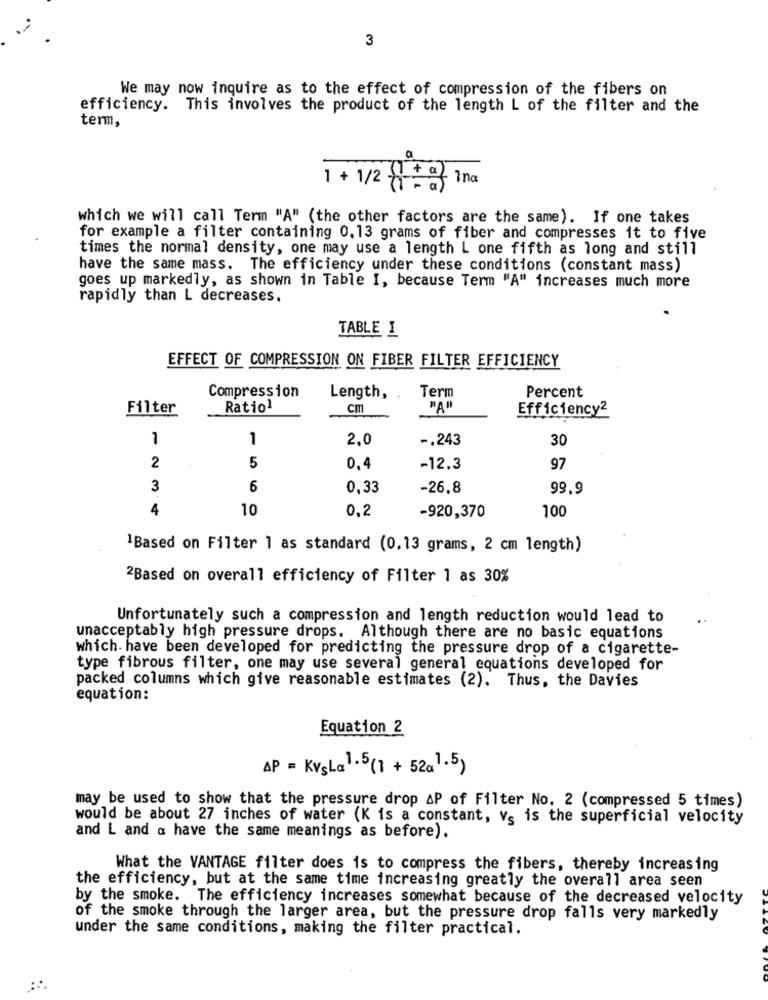
..
3
We may now inquire as to the effect of compression of the fibers on
efficiency. This involves the product of the length L of the filter and the
term,
a
1 + 1/2 8:
which we will call Term "A" (the other factors are the same). If one takes
for example a filter containing 0.13 grams of fiber and compresses it to five
times the normal density, one may use a length L one fifth as long and still
have the same mass. The efficiency under these conditions (constant mass)
goes up markedly, as shown in Table I, because Term "A" increases much more
rapidly than L decreases.
TABLE 1
EFFECT OF COMPRESSION ON FIBER FILTER EFFICIENCY
Compression
Percent
Length,
Term
Filter
Ratio1
cm
"A"
Efficiency2
1
1
2.0
-. 243
30
2
5
0,4
-12.3
97
3
6
0,33
-26.8
99.9
4
10
0,2
100
-920,370
1Based on Filter 1 as standard (0.13 grams, 2 cm length)
2Based on overall efficiency of Filter 1 as 30%
Unfortunately such a compression and length reduction would lead to
unacceptably high pressure drops. Although there are no basic equations
which. have been developed for predicting the pressure drop of a cigarette-
type fibrous filter, one may use several general equations developed for
packed columns which give reasonable estimates (2). Thus, the Davies
equation:
Equation 2
AP = KVsLa 1.5(1 + 52a 1.5)
may be used to show that the pressure drop AP of Filter No. 2 (compressed 5 times)
would be about 27 inches of water (K is a constant, Vs is the superficial velocity
and L and a have the same meanings as before).
What the VANTAGE filter does is to compress the fibers, thereby increasing
the efficiency, but at the same time increasing greatly the overall area seen
by the smoke. The efficiency increases somewhat because of the decreased velocity
of the smoke through the larger area, but the pressure drop falls very markedly
under the same conditions, making the filter practical.